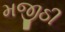
મજીઠી